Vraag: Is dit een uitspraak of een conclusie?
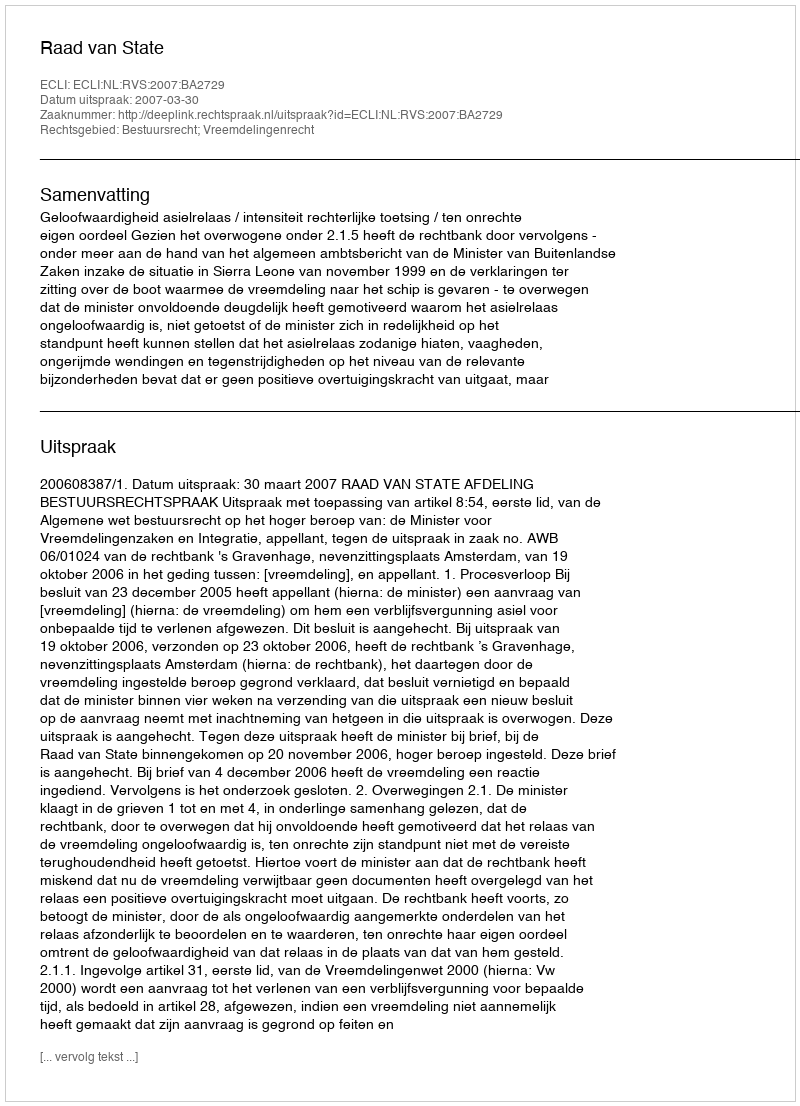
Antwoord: Uitspraak